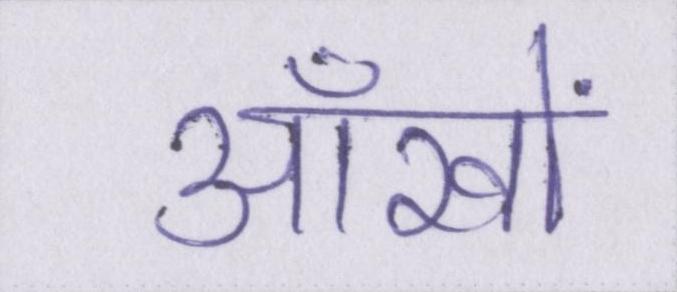
आँखों